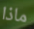
ماذا